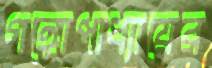
গঙ্গোপাধ্যায়ের